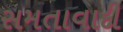
સમતાવાદી